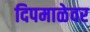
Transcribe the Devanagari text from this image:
दिपमाळेवर